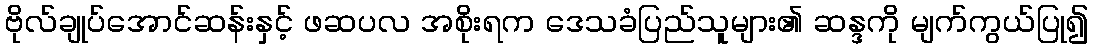
ဗိုလ်ချုပ်အောင်ဆန်းနှင့် ဖဆပလ အစိုးရက ဒေသခံပြည်သူများ၏ ဆန္ဒကို မျက်ကွယ်ပြု၍